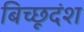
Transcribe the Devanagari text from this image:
बिच्छूदंश